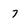
Character: 7